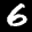
Digit: 6